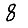
Digit: 8